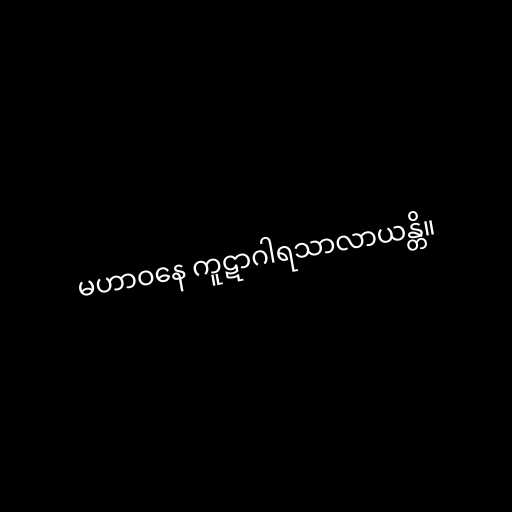
မဟာဝနေ ကူဋာဂါရသာလာယန္တိ။